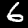
Label: 6